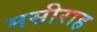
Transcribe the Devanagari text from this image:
मसीराह